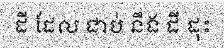
ដី ដែល ជាប់ នឹង ដី ដុះ